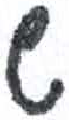
אות: ש